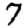
Digit: 7